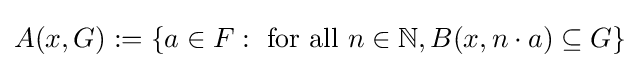
A(x,G):=\{a\in F:{\text{ for all }}n\in \mathbb {N} ,B(x,n\cdot a)\subseteq G\}